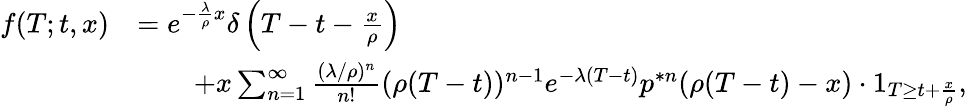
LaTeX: \begin{array}{rl}{f(T;t,x)}&{=e^{-\frac{\lambda}{\rho}x}\delta\left(T-t-\frac{x}{\rho}\right)}\\ &{\qquad+x\sum_{n=1}^{\infty}\frac{(\lambda/\rho)^{n}}{n!}(\rho(T-t))^{n-1}e^{-\lambda(T-t)}p^{\ast n}(\rho(T-t)-x)\cdot 1_{T\geq t+\frac{x}{\rho}},}\end{array}